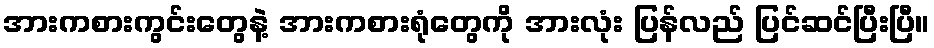
အားကစားကွင်းတွေနဲ့ အားကစားရုံတွေကို အားလုံး ပြန်လည် ပြင်ဆင်ပြီးပြီ။